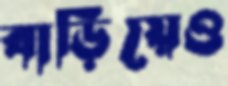
বাড়িয়েও